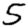
Digit: 5